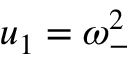
u _ { 1 } = \omega _ { - } ^ { 2 }